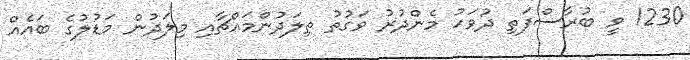
1230 ވީ ބުރާސްފަތި ދުވަހު މެންދުރު ވަގުތު ތިލަދުންމައްޗާއި މިލަދުން މަޑުލުގެ ބައެއް